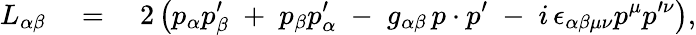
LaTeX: L_{\alpha\beta}\quad=\quad 2\left(p_{\alpha}p_{\beta}^{\prime}\; +\; p_{\beta}p_{\alpha}^{\prime}\; -\; g_{\alpha\beta}\, p\cdot p^{\prime}\; -\; i\, \epsilon_{\alpha\beta\mu\nu}p^{\mu}p^{\prime\nu}\right),